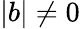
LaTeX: |b|\ne 0